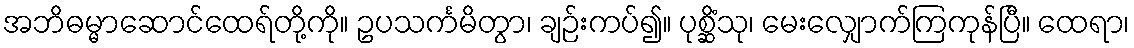
အဘိဓမ္မာဆောင်ထေရ်တို့ကို။ ဥပသင်္ကမိတွာ၊ ချဉ်းကပ်၍။ ပုစ္ဆိံသု၊ မေးလျှောက်ကြကုန်ပြီ။ ထေရာ၊